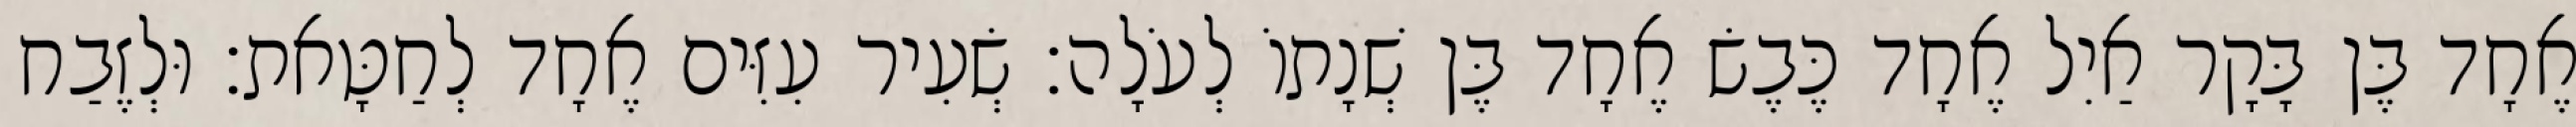
אֶחָד בֶּן בָּקָר אַיִל אֶחָד כֶּבֶשׂ אֶחָד בֶּן שְׁנָתוֹ לְעֹלָה׃ שְׂעִיר עִזִּים אֶחָד לְחַטָּאת׃ וּלְזֶבַח